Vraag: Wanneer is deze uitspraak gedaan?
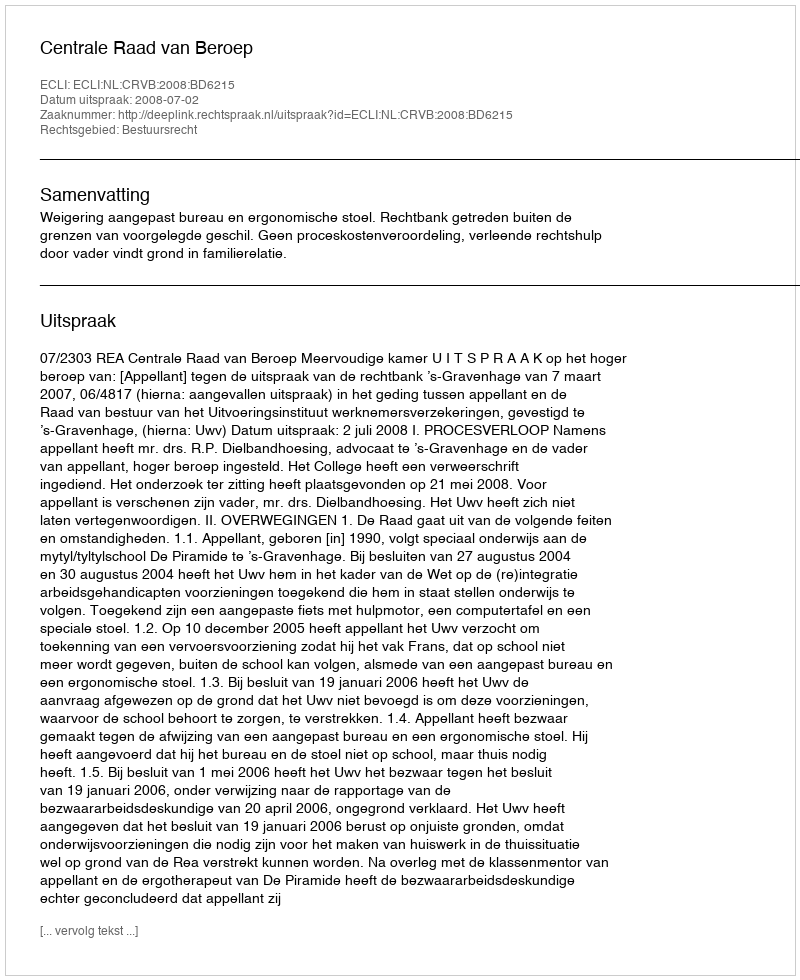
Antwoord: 2008-07-02